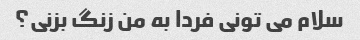
سلام می تونی فردا به من زنگ بزنی؟